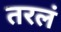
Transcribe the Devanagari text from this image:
तरलं